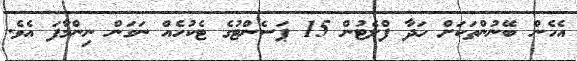
އެހެން ބޭނުންތަކަށް ހަދާ ފްލެޓުން 15 ޕަސެންޓުގެ ޓެކުހެއް ނަގަން ނިންމާފަ އެވެ.